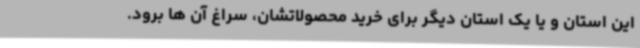
این استان و یا یک استان دیگر برای خرید محصولاتشان، سراغ آن ها برود.